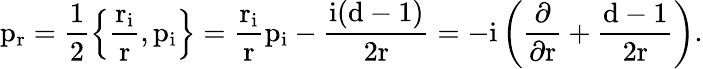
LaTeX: \mathrm{{p_{r}=\frac{1}{2}\left\{ \frac{r_{i}}{r},p_{i}\right\} =\frac{r_{i}}{r}p_{i}-\frac{i(d-1)}{2r}=-i\left(\frac{\partial}{\partial r}+\frac{d-1}{2r}\right).}}